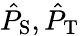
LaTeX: \hat{P}_{\mathrm{S}},\hat{P}_{\mathrm{T}}